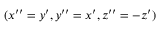
( x ^ { \prime \prime } = y ^ { \prime } , y ^ { \prime \prime } = x ^ { \prime } , z ^ { \prime \prime } = - z ^ { \prime } )